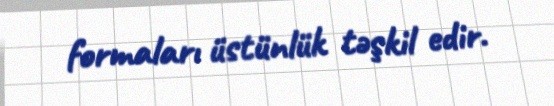
formaları üstünlük təşkil edir.